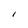
Character: I